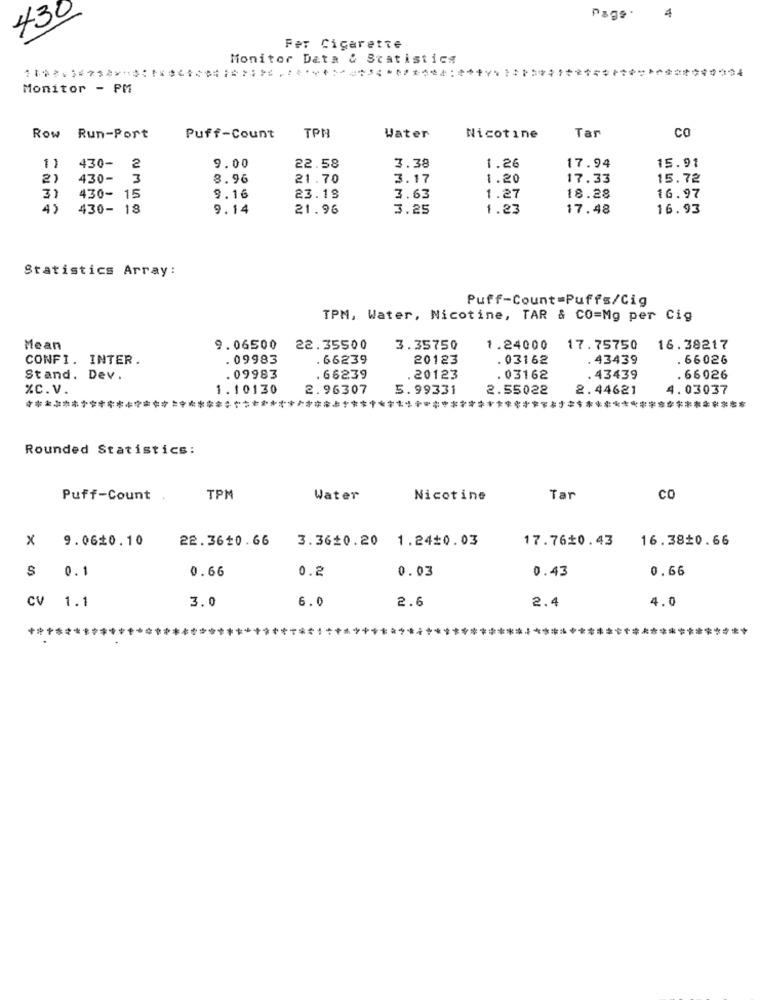
430
Page .
4
Fer Cigarette
Monitor Data & Statistics
Monitor - PM
Row Run-Port
Puff-Count
TPH
Water
Nicotine
Tar
co
11
430-
9.00
22.58
3.38
1.26
17.94
15.91
2)
430- 3
8.96
21.70
3.17
1.20
17.33
15.72
31
430- 15
9.16
23.18
3.63
1.27
18.28
16.97
4)
430- 18
9.14
21.96
3.25
1.23
17.48
16.93
Statistics Array:
Puff-Count=Puffs/Cig
TPM, Water, Nicotine, TAR & CO=Mg per Cig
Mean
9.06500
22.35500
3.35750
1.24000
17.75750
16.38217
CONFI. INTER.
. 09983
. 66239
20123
.03162
. 43439
. 66026
Stand. Dev.
. 09983
.66239
.20123
.03162
43439
. 66026
%C. V.
1.10130
2.96307
5.99331
2.55022
2.44621
4.03037
********************************************************************************
Rounded Statistics:
Puff-Count ,
TPM
Water
Nicotine
Tar
CO
X 9.0620.10
22.3610.66
3.3620.20 1.2410.03
17.76$0.43
16.380.66
0.66
0.2
0.03
0.43
0.66
$ 0.1
CV
2.6
1.1
3.0
6.0
2.4
4.0
***************
********